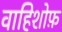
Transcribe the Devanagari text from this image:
वाहिशोफ़